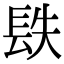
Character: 镻